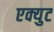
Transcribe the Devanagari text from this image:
एक्युट